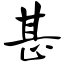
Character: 甚